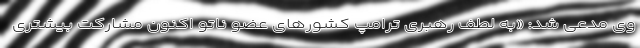
وی مدعی شد: «به لطف رهبری ترامپ کشورهای عضو ناتو اکنون مشارکت بیشتری